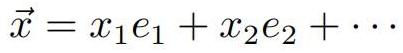
$\vec{x}=x_1e_1 + x_2e_2+\cdots$